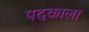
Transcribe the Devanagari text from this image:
पदकाला